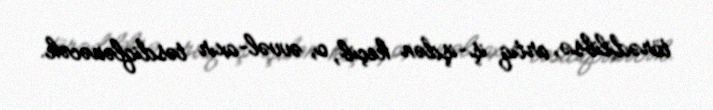
törədilibsə, artıq iş-işdən keçib, o, əvvəl-axır təsdiqlənəcək.